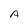
Character: A